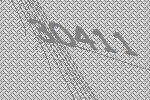
30411